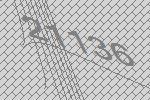
21136